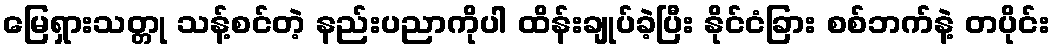
မြေရှားသတ္တု သန့်စင်တဲ့ နည်းပညာကိုပါ ထိန်းချုပ်ခဲ့ပြီး နိုင်ငံခြား စစ်ဘက်နဲ့ တပိုင်း